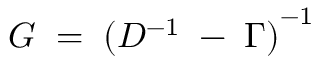
G \; = \; { ( D ^ { - 1 } \; - \; \Gamma ) } ^ { - 1 } \;